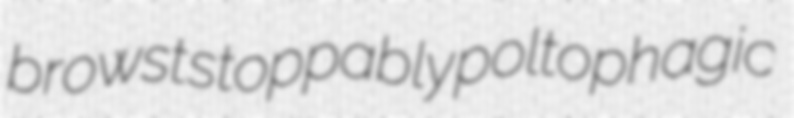
browst stoppably poltophagic